Investigations on Bengal jail dietaries - Number 37
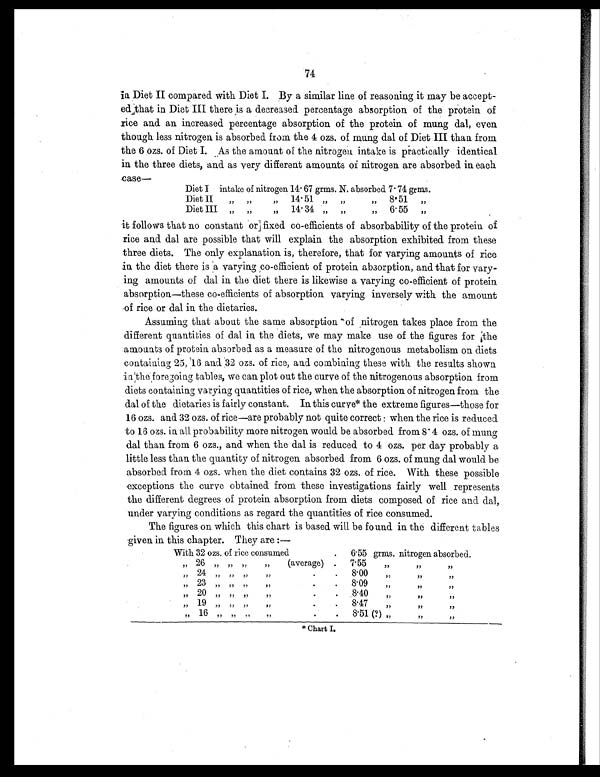
74
in Diet II compared with Diet I. By a similar line of reasoning it may be accept-
ed that in Diet III there is a decreased. percentage absorption of the protein of
rice and an increased percentage absorption of the protein of mung dal, even
though less nitrogen is absorbed from the 4 ozs. of mung dal of Diet III than from
the 6 ozs. of Diet I. As the amount of the nitrogen intake is practically identical
in the three diets, and as very different amounts of nitrogen are absorbed in each
c a s e —
Diet I
intake of nitrogen 14.67 grms. N. absorbed 7.74 grms.
Diet II
„
„
„
14.51 „
„
„
8.51
„
Diet III
„
„
„
14.34 „
„
„
6.55
„
it follows that no constant or fixed co-efficients of absorbability of the protein of
rice and dal are possible that will explain the absorption exhibited from these
three diets. The only explanation is, therefore, that for varying amounts of rice
in the diet there is a varying so-efficient of protein absorption, and that for vary-
ing amounts of dal in the diet there is likewise a varying co-efficient of protein
absorption—these co-efficients of absorption varying inversely with the amount
of rice or dal in the dietaries.
Assuming that about the same absorption of nitrogen takes place from the
different quantities of dal in the diets, we may make use of the figures for
the amounts of protein absorbed as a measure of the nitrogenous metabolism on diets
containing 25, 16 and. 32 ozs. of rice, and combining these with the results shown
in the foregoing tables, we can plot out the curve of the nitrogenous absorption from
diets containing varying quantities of rice, when the absorption of nitrogen from the
dal of the dietaries is fairly constant. In this curve* the extreme figures—those for
16 ozs. and 32 ozs. of rice—are probably not quite correct : when the rice is reduced
to 16 ozs. in all probability more nitrogen would be absorbed from 8. 4 ozs. of mung
dal than from 6 ozs., and when the dal is reduced to 4 ozs. per day probably a
little less than the quantity of nitrogen absorbed from 6 ozs. of mung dal would be
absorbed from 4 ozs. when the diet contains 32 ozs. of rice. With these possible
exceptions the curve obtained from these investigations fairly well represents
the different degrees of protein absorption from diets composed of rice and dal,
under varying conditions as regard the quantities of rice consumed.
The figures on which this chart is based will be found in the different tables
given in this chapter They are :—
With 32 ozs. of rice consumed
.
6.55 grms. nitrogen absorbed.
,,
2 6
,, ,, ,,
,,
(average)
.
7.55
,, ,, ,, ,, 24
,, ,, ,, ,,
.
.
8.00
,, ,, ,, ,,
23
,, ,, ,, ,,
.
.
8.09
,, ,, ,,
„ 20
,,
,, ,,
,,
.
.
8.40
,,
,,
,, ,,
19
,, ,, ,, ,,
.
.
8.47
,, ,, ,, ,,
16 ,, ,,
,, ,,
.
.
8.51 (?)
,, ,, ,,
* Chart I.